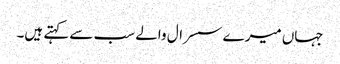
جہاں میرے سسرال والے سب سے کہتے ہیں۔